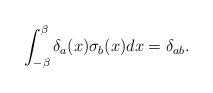
LaTeX: \begin{align*}\int_{-\beta }^{\beta }\delta _{a}(x)\sigma _{b}(x)dx=\delta _{ab}.\end{align*}